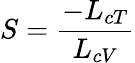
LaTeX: S=\frac{-L_{cT}}{L_{cV}}